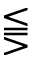
\lesseqqgtr